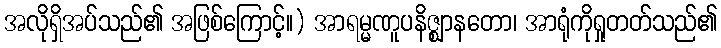
အလိုရှိအပ်သည်၏ အဖြစ်ကြောင့်။) အာရမ္မဏူပနိဇ္ဈာနတော၊ အာရုံကိုရှုတတ်သည်၏